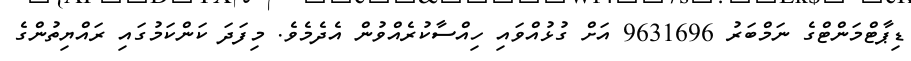
ޑިޕާޓްމަންޓްގެ ނަމްބަރު 9631696 އަށް ގުޅުއްވައި ހިއްސާކުރެއްވުން އެދެމެވެ. މިފަދަ ކަންކަމުގައި ރައްޔިތުންގެ